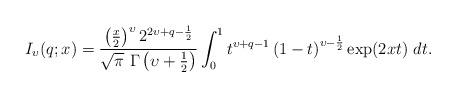
LaTeX: \begin{align*}I_{\upsilon }(q;x)=\frac{\left( \frac{x}{2}\right) ^{\upsilon }2^{2\upsilon+q-\frac{1}{2}}}{\sqrt{\pi }\ \Gamma \left( \upsilon +\frac{1}{2}\right) }\int_{0}^{1}t^{\upsilon +q-1}\left( 1-t\right) ^{\upsilon -\frac{1}{2}}\exp(2xt)\ dt. \end{align*}